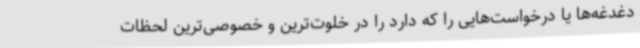
دغدغه‌ها یا درخواست‌هایی را که دارد را در خلوت‌ترین و خصوصی‌ترین لحظات